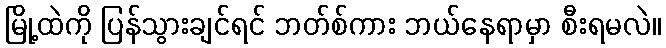
မြို့ထဲကို ပြန်သွားချင်ရင် ဘတ်စ်ကား ဘယ်နေရာမှာ စီးရမလဲ။